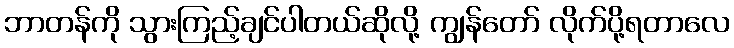
ဘာတန်ကို သွားကြည့်ချင်ပါတယ်ဆိုလို့ ကျွန်တော် လိုက်ပို့ရတာလေ